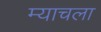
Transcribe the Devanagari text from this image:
म्याचला